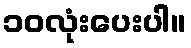
၁၀လုံးပေးပါ။